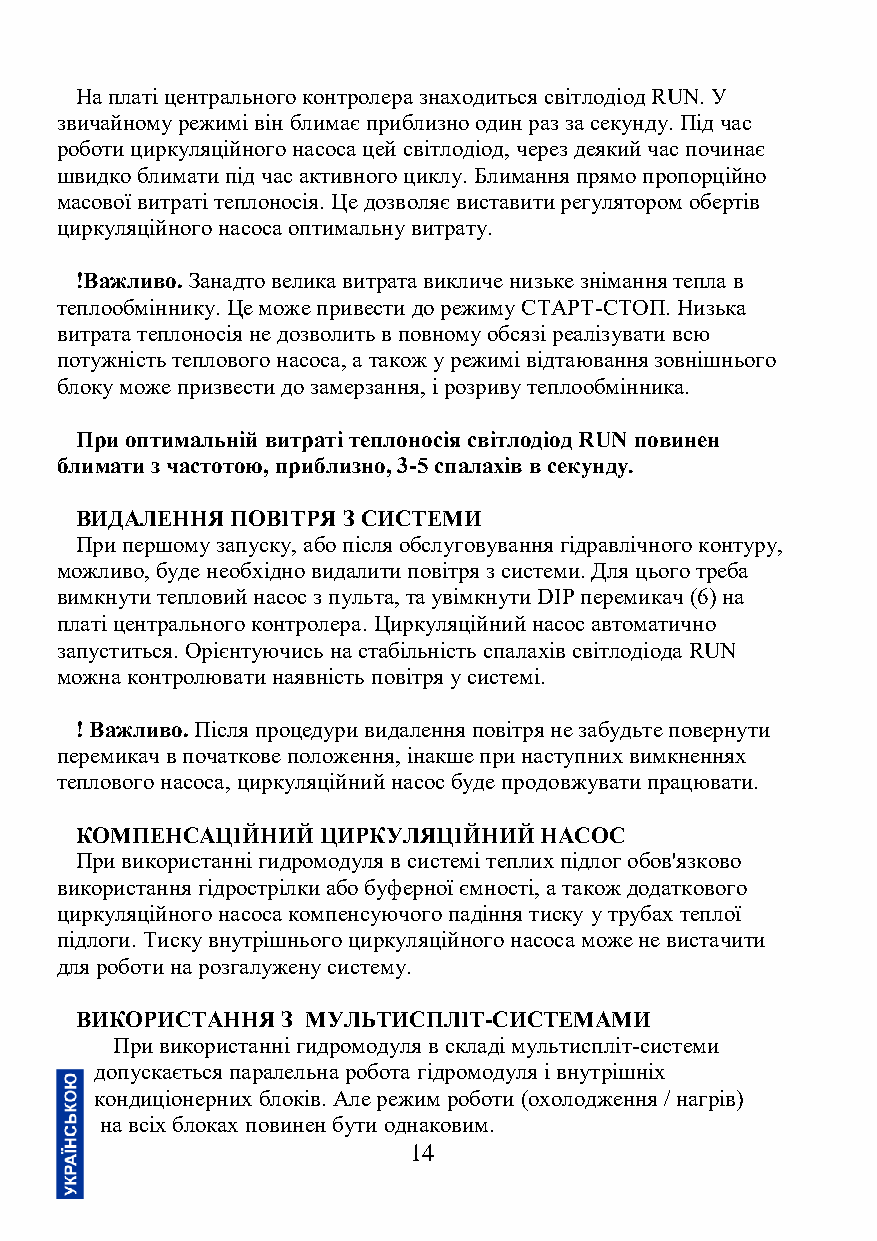
На платі центрального контролера знаходиться світлодіод RUN. У
 звичайному режимі він блимає приблизно один раз за секунду. Під час
 роботи циркуляційного насоса цей світлодіод, через деякий час починає
 швидко блимати під час активного циклу. Блимання прямо пропорційно
 масової витраті теплоносія. Це дозволяє виставити регулятором обертів
 циркуляційного насоса оптимальну витрату.
 !Важливо. Занадто велика витрата викличе низьке знімання тепла в
 теплообміннику. Це може привести до режиму СТАРТ-СТОП. Низька
 витрата теплоносія не дозволить в повному обсязі реалізувати всю
 потужність теплового насоса, а також у режимі відтаювання зовнішнього
 блоку може призвести до замерзання, і розриву теплообмінника.
 При оптимальній витраті теплоносія світлодіод RUN повинен
 блимати з частотою, приблизно, 3-5 спалахів в секунду.
 ВИДАЛЕННЯ ПОВІТРЯ З СИСТЕМИ
 При першому запуску, або після обслуговування гідравлічного контуру,
 можливо, буде необхідно видалити повітря з системи. Для цього треба
 вимкнути тепловий насос з пульта, та увімкнути DIP перемикач (6) на
 платі центрального контролера. Циркуляційний насос автоматично
 запуститься. Орієнтуючись на стабільність спалахів світлодіода RUN
 можна контролювати наявність повітря у системі.
 ! Важливо. Після процедури видалення повітря не забудьте повернути
 перемикач в початкове положення, інакше при наступних вимкненнях
 теплового насоса, циркуляційний насос буде продовжувати працювати.
 КОМПЕНСАЦІЙНИЙ  ЦИРКУЛЯЦІЙНИЙ  НАСОС
 При використанні гидромодуля в системі теплих підлог обов'язково
 використання гідрострілки або буферної ємності, а також додаткового
 циркуляційного насоса компенсуючого падіння тиску у трубах теплої
 підлоги. Тиску внутрішнього циркуляційного насоса може не вистачити
 для роботи на розгалужену систему.
 ВИКОРИСТАННЯ  З МУЛЬТИСПЛІТ-СИСТЕМАМИ
 При використанні гидромодуля в складі мультиспліт-системи
 допускається паралельна робота гідромодуля і внутрішніх
 кондиціонерних блоків. Але режим роботи (охолодження / нагрів)
 на всіх блоках повинен бути однаковим.
 14